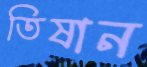
তিষান